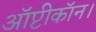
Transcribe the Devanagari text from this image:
ऑप्टीकॉन।